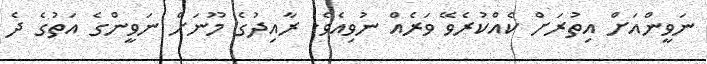
ނަވީންއަށް އިތުރަށްް ކެއްކުރެވޭ ވަރެއް ނުވިއެވެ. ރާއިދުގެ މޫނަށް ނަވީންގެ އަތުގެ ދެ